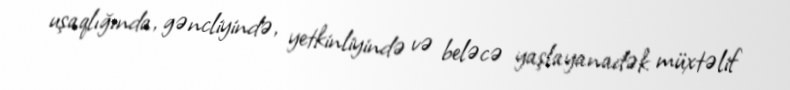
uşaqlığında, gəncliyində, yetkinliyində və beləcə yaşlayanadək müxtəlif